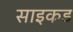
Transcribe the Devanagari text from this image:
साइकड